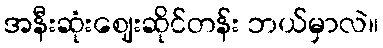
အနီးဆုံးဈေးဆိုင်တန်း ဘယ်မှာလဲ။